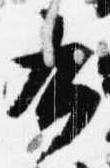
右